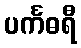
ပင်္ကဓရီ